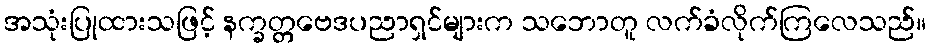
အသုံးပြုထားသဖြင့် နက္ခတ္တဗေဒပညာရှင်များက သဘောတူ လက်ခံလိုက်ကြလေသည်။